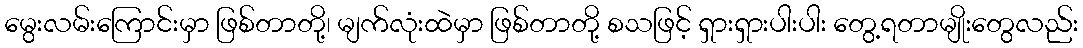
မွေးလမ်းကြောင်းမှာ ဖြစ်တာတို့၊ မျက်လုံးထဲမှာ ဖြစ်တာတို့ စသဖြင့် ရှားရှားပါးပါး တွေ့ရတာမျိုးတွေလည်း